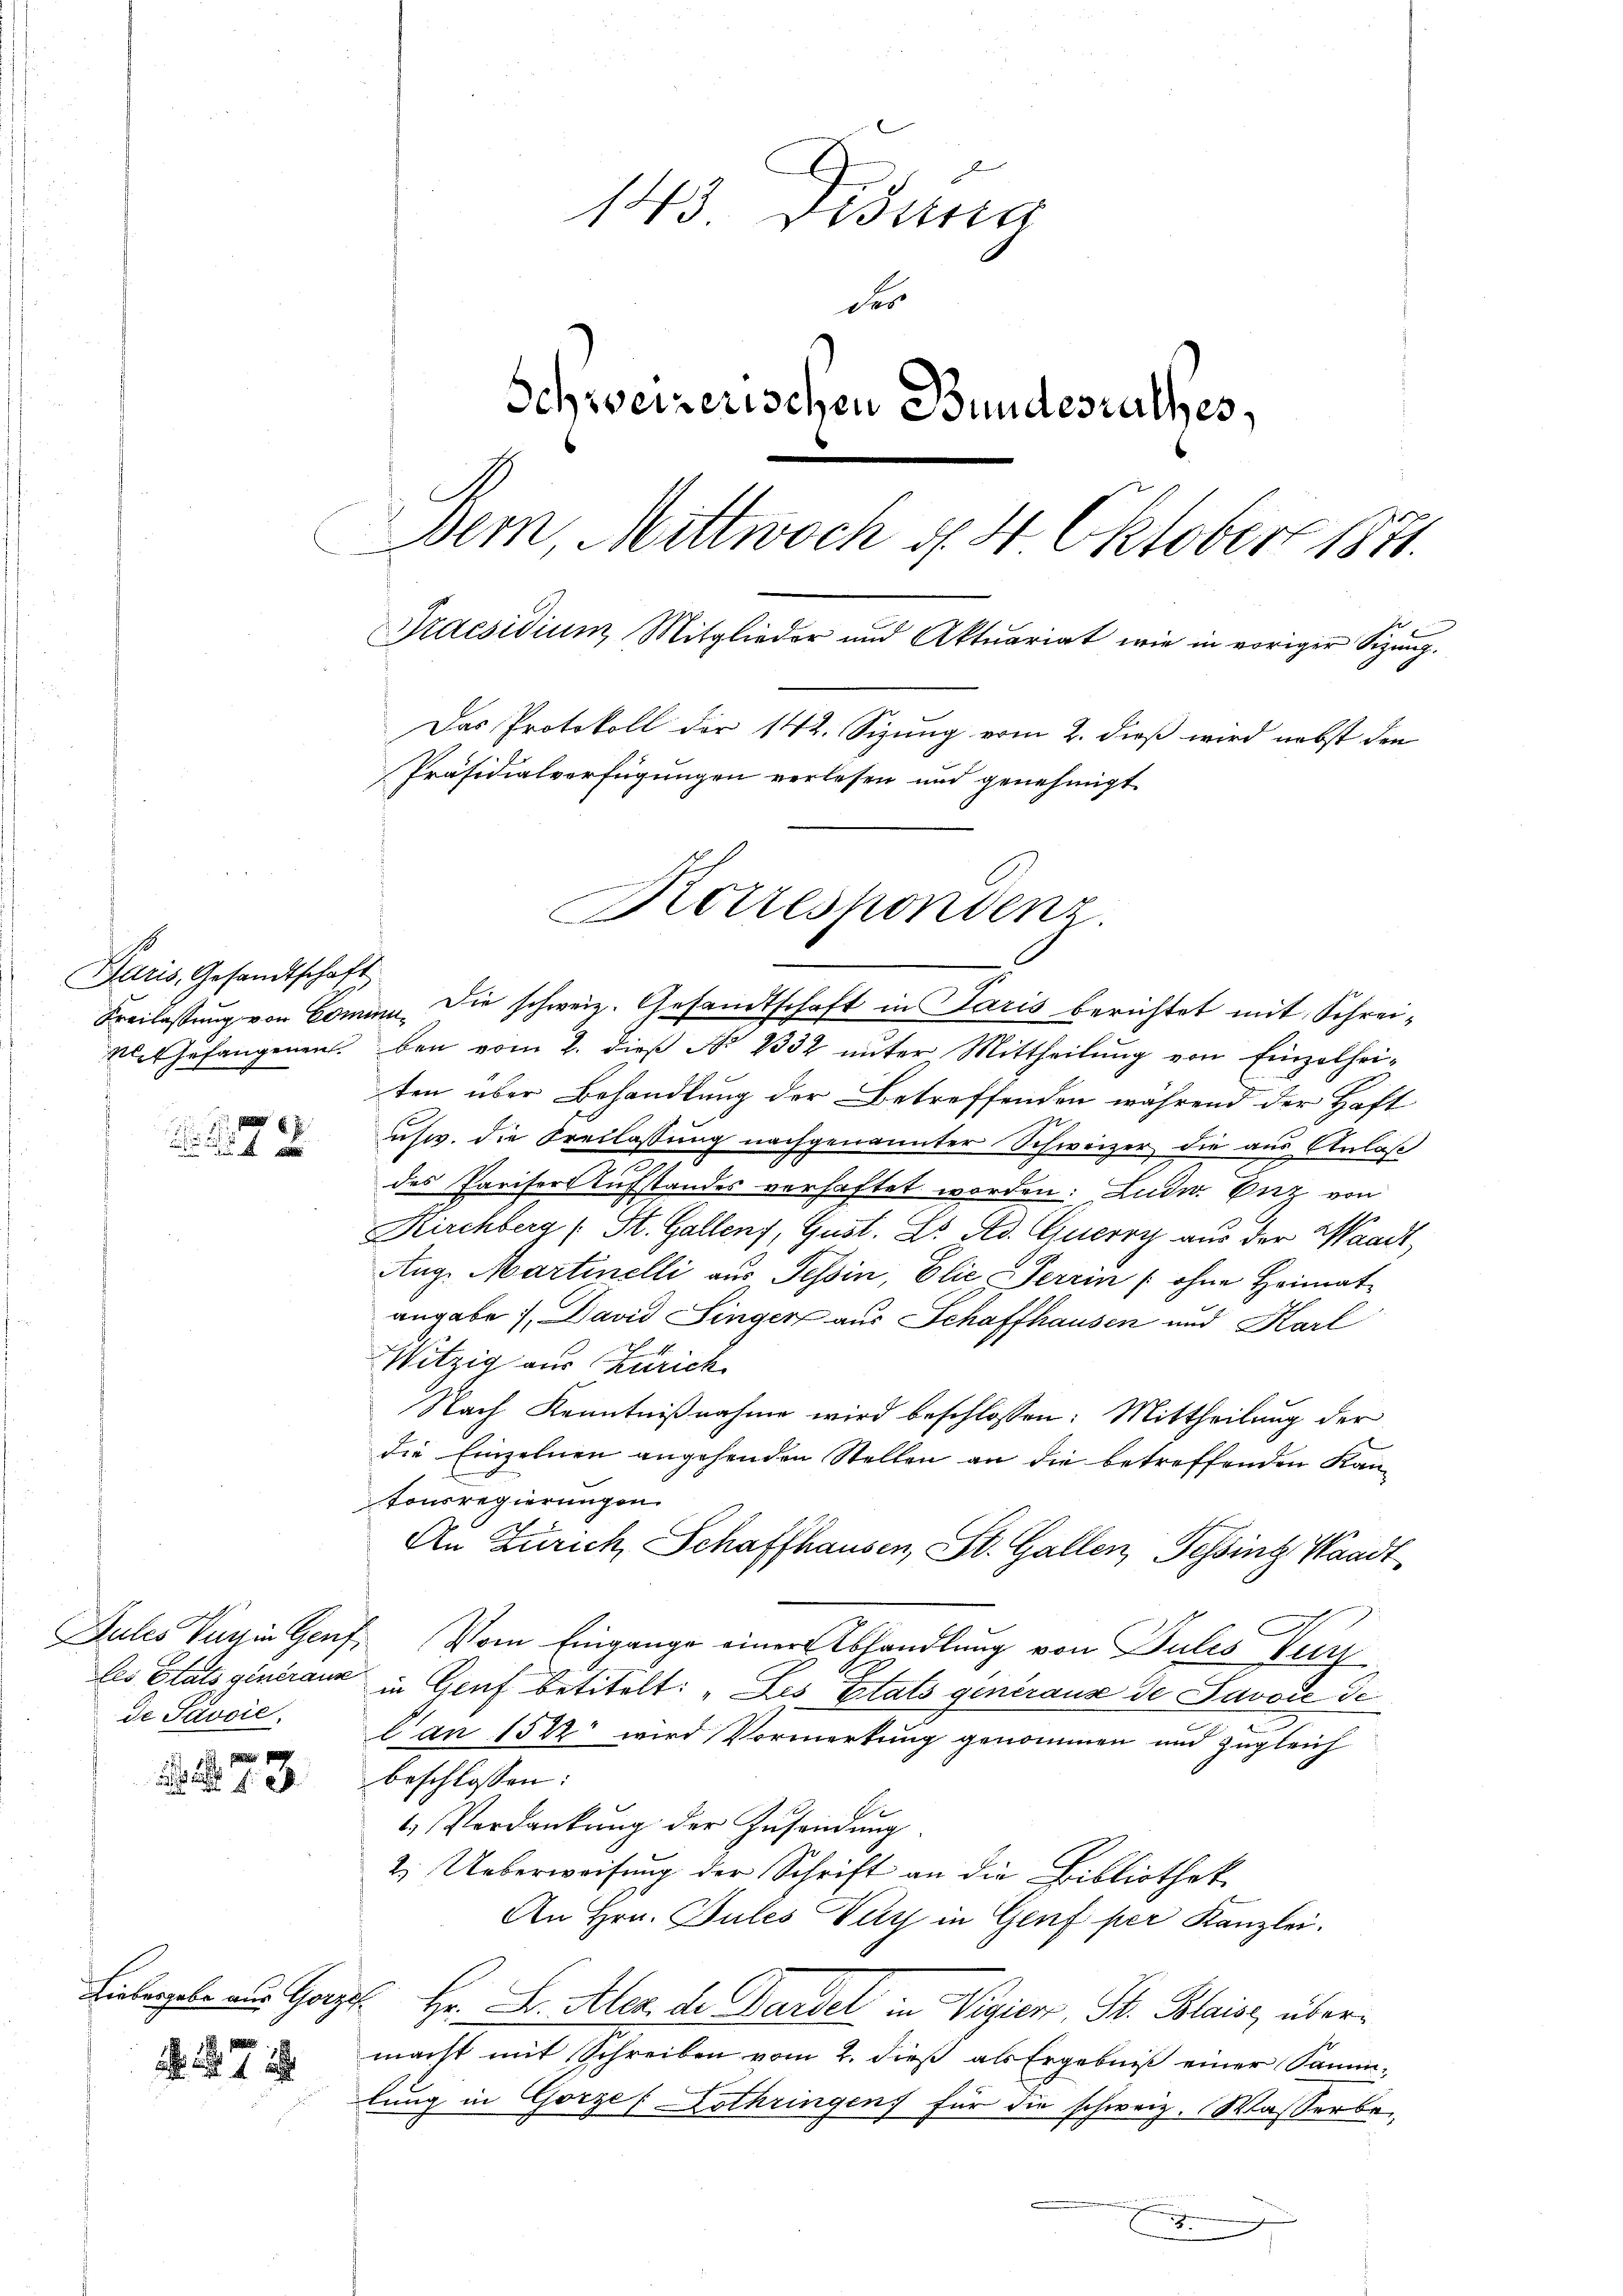
Paris, Gesandtschaft

.

.
72

de Pavvić.

7

143. Distra
der
Schweizerischen Bundesrathes,
Dem, Mittwoch d. 4 Oktobert 1871.
Praesidium Mitglieder und Aktuariat wie in voriger Sizŭng.
Das Protokoll der 142. Sizung vom 2. dieß wird nebst den
Präsidialverfügungen verlesen und genehmigt.

Kotzespondenz.

Freilassung von Comme. Die schweiz. Gesandtschaft in Paris berichtet mit Schrei¬
Nel Gefangenen bei vom 2. dieβ No 2332 unter Mittheilung von Einzelheiten über Behandlung der Betreffenden während der Haft
usw. die Freilassung nachgenannter Schweizer die aus Anlaß
des Pariser Aufstandes verhaftet worden: Ludw. Enz von
Kirchberg (St. Gallenz, Gust. Dr. Ad. Querry aus der Waadt,
Aug. Martinelli aus Tessin, Elie Terrin (ohne Heimat-
angabe 1, David Singer aus Schaffhausen und Karl
Witzig aus Zürich
Nach Kenntnißnahme wird beschlossen: Mittheilung der
die Einzelnen angehenden Stellen an die betreffenden Kantonsregierungen
An Zürich, Schaffhausen, St. Gallen, Sching Waadt,
Jules Verhin Gruf. Vom Eingange einer Abhandlung von Pules Ver
les Etats generanz in Genf betitelt: „Les Etats generause de Javode de
Can 1522 wird Vormerkung genommen und zugleich
beschlossen:
. Verdankŭng der Zusendung.
2. Ueberweisung der Schrift an die Bibliothek
An Hrn. Jules Vuy in Genf per Kanzlei.
Liebergele aus Gorzel. Hr. B. Alex de Gardel in Vigier, St. Blais übermacht mit Schreiben vom 2. dieß als Ergebniß einer Samm-
lung in Görze (Lothringen für die schweiz. Wasserbe¬
E